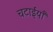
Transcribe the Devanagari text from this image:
चटाईयाँ